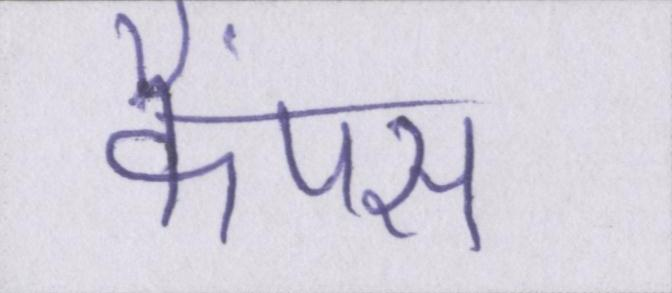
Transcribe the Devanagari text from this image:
कैंपस